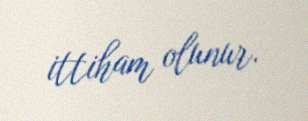
ittiham olunur.